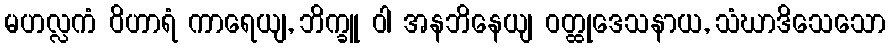
မဟလ္လကံ ဝိဟာရံ ကာရေယျ, ဘိက္ခူ ဝါ အနဘိနေယျ ဝတ္ထုဒေသနာယ, သံဃာဒိသေသော